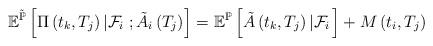
LaTeX: \begin{align*}\mathbb{E}^{\tilde{\mathbb{P}}}\left[\Pi\left(t_{k},T_{j}\right)\left|\mathcal{F}_{i}\right.;\tilde{A_{i}}\left(T_{j}\right)\right]=\mathbb{E}^{\mathbb{P}}\left[\tilde{A}\left(t_{k},T_{j}\right)\left|\mathcal{F}_{i}\right.\right]+M\left(t_{i},T_{j}\right)\end{align*}